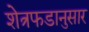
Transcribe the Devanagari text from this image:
शेत्रफडानुसार